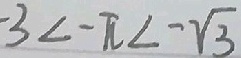
- 3 < - \pi < - \sqrt { 3 }